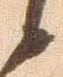
候